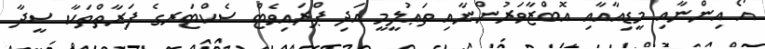
އޯ އިންނާއި މީޑިއާއާއި އޮބްޒާވަރުންނާއި ތަޢުލީމީ އަދި ޕްރައިވެޓް ސެކްޓަރގެ ފަރާތްތަކާ ސީދާ